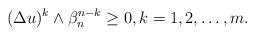
LaTeX: \begin{align*} \begin{aligned} (\Delta u)^{k}\wedge \beta_n ^{n-k}\geq 0, k=1,2, \dots,m.\end{aligned} \end{align*}